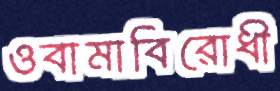
ওবামাবিরোধী